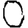
Digit: 0